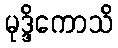
မုဒ္ဒိကောသိ